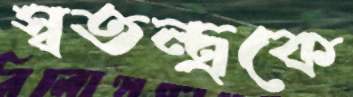
স্বতন্ত্রকে